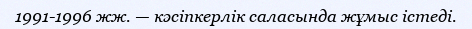
1991-1996 жж. — кәсіпкерлік саласында жұмыс істеді.